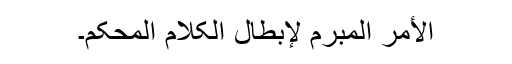
الأمر المبرم لإبطال الکلام المحکم۔